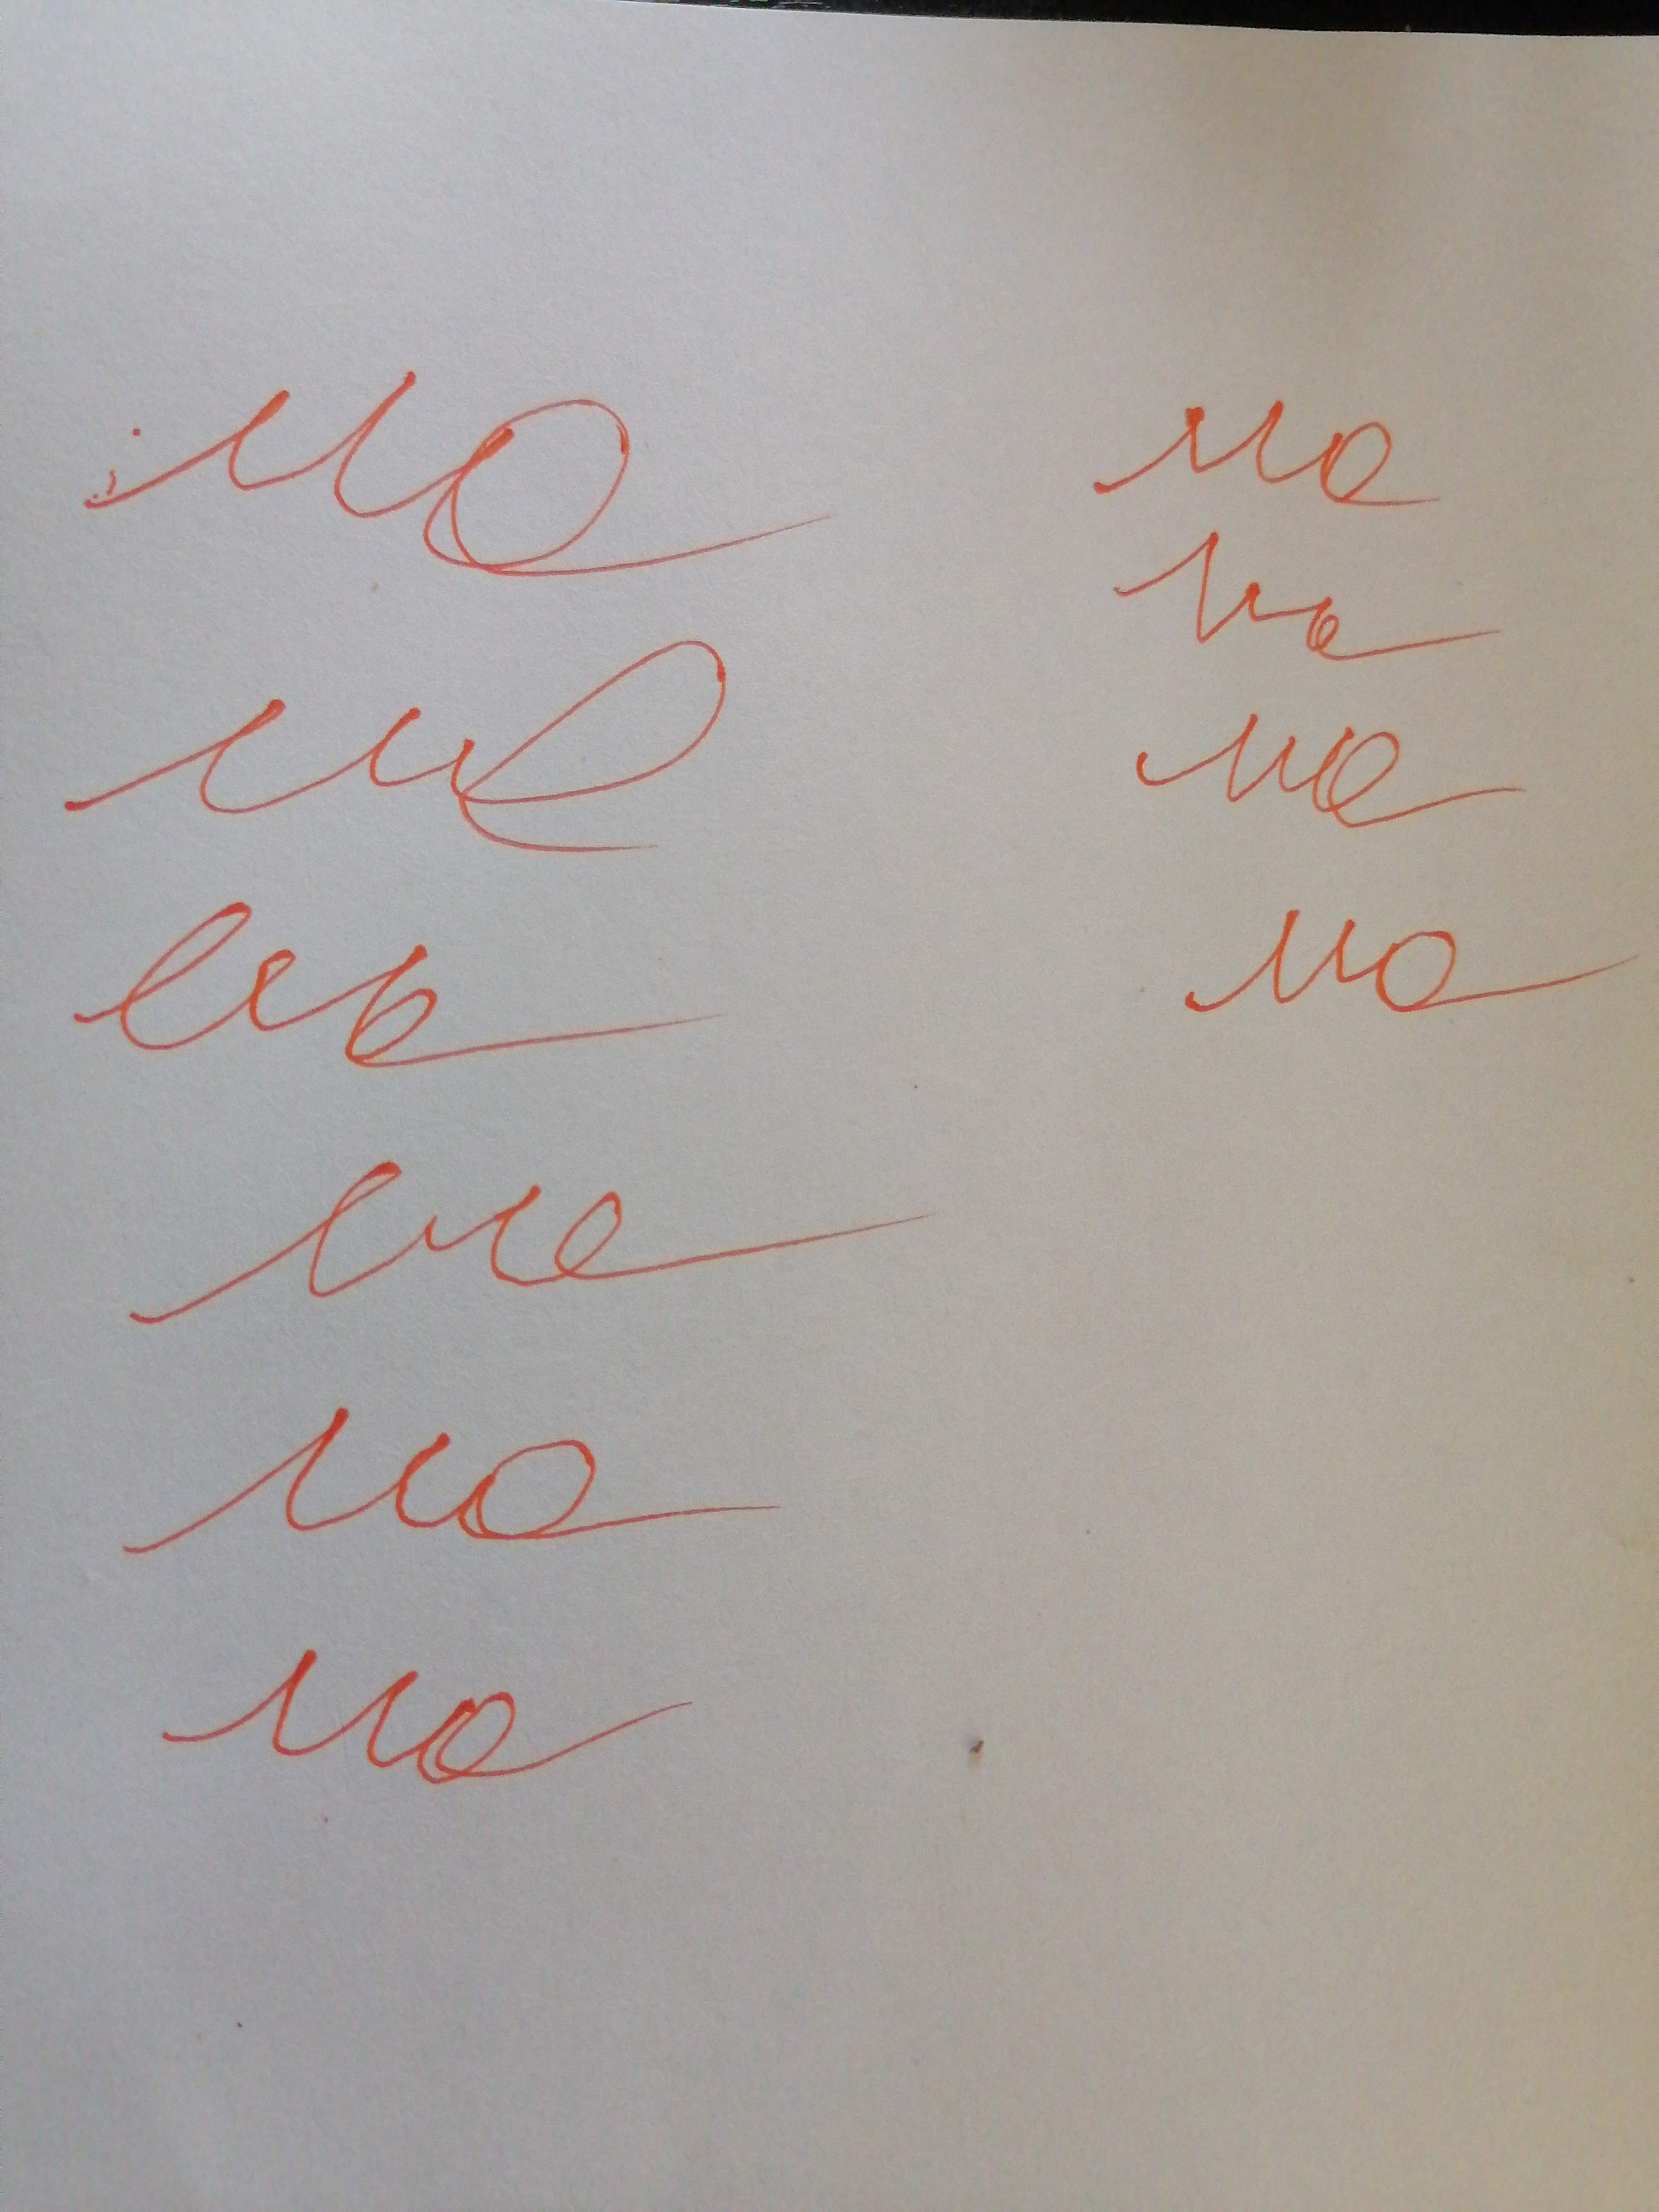
Signature authenticity: forged